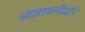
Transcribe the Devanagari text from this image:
आज्ञावलीद्वारे